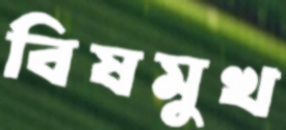
বিষমুখ